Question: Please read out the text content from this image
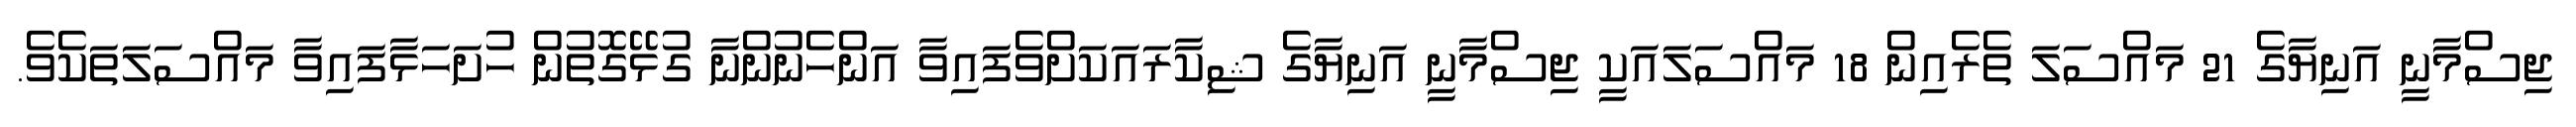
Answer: ޖިސްމާނީ އަނިޔާގެ 21 މައްސަލަ ތެރެއިން 18 މައްސަލައަކީ ޖިސްމާނީ އަނިޔާގެ ޝިކާރައަކަށްވެފައިވާ އަންހެނުންނާ ގުޅޭގޮތުން ހުށަހަޅާފައިވާ މައްސަލަތަކެވެ.